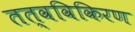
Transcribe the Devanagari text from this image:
तत्वविकिरण